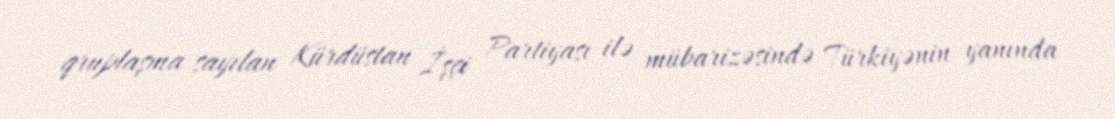
qruplaşma sayılan Kürdüstan İşçi Partiyası ilə mübarizəsində Türkiyənin yanında